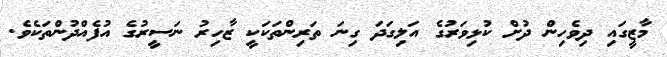
މާޒީގައި ދިވެހިން ދުށް ކުޅިވަރުގެ އަލިގަދަ ގިނަ ތަރިންތަކަކީ ޒާހިރު ނަސީރުގެ އުފެއްދުންތަކެވެ.